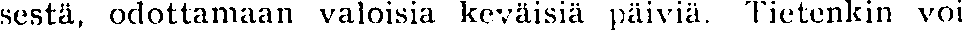
sestä, odottamaan valoisia keväisiä päiviä. Tietenkin voi